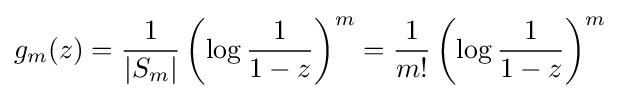
g_{m}(z)={\frac {1}{|S_{m}|}}\left(\log {\frac {1}{1-z}}\right)^{m}={\frac {1}{m!}}\left(\log {\frac {1}{1-z}}\right)^{m}